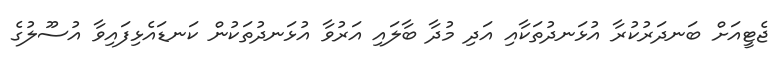
ޖެޓީއަށް ބަނދަރުކުރާ އުޅަނދުތަކާއި އަދި މުދާ ބާލައި އަރުވާ އުޅަނދުތަކުން ކަނޑައެޅިފައިވާ އުސޫލުގެ